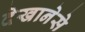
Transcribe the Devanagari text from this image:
देखानेसे